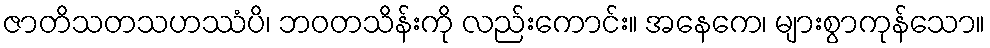
ဇာတိသတသဟဿံပိ၊ ဘဝတသိန်းကို လည်းကောင်း။ အနေကေ၊ များစွာကုန်သော။